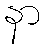
နာ